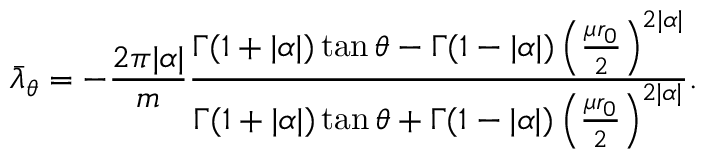
\bar { \lambda } _ { \theta } = - \frac { 2 \pi | \alpha | } { m } \frac { \Gamma ( 1 + | \alpha | ) \tan \theta - \Gamma ( 1 - | \alpha | ) \left( \frac { \mu r _ { 0 } } { 2 } \right) ^ { 2 | \alpha | } } { \Gamma ( 1 + | \alpha | ) \tan \theta + \Gamma ( 1 - | \alpha | ) \left( \frac { \mu r _ { 0 } } { 2 } \right) ^ { 2 | \alpha | } } .